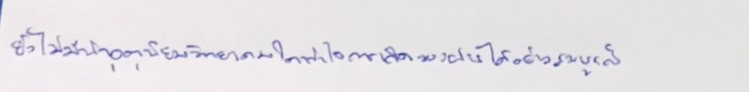
ยังไม่มีนักอุตุนิยมวิทยาคนใดเข้าใจการเกิดของฝนได้อย่างสมบูรณ์